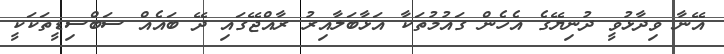
އޭނާ ވިދާޅުވީ ދުނިޔޭގެ އެހެން ގައުމުތަކާ އަޅާބަލާއިރު ރާއްޖޭގައި ދޭ ބައެއް ސަބްސިޑީތަކަކީ